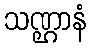
သဏ္ဌာနံ